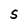
Character: S